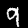
Label: 9